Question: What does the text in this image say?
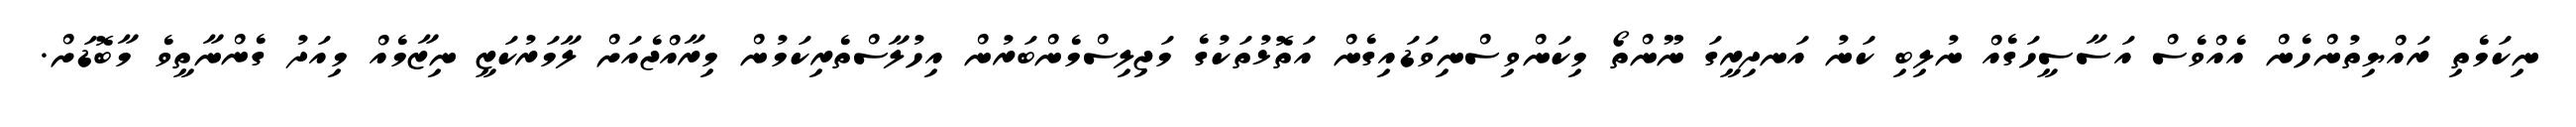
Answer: ނިކަމެތި ރައްޔިތުންހެން އެއްވެސް އަސާސީހަގެއް ނުލިބި ކަނު އަނދިރީގަ ނޫންތޯ މިކަންވިސްނިވަޑައިގެން އަތޮޅުތަކުގެ މަޖިލިސްމެންބަރުން އިހުލާސްތެރިކަމުން މިރާއްޖެއަށް ލާމަރުކަޒީ ނިޒާމެއް މިއަދު ގެންނާތީވެ މާބޮޑަށް.